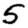
Digit: 5